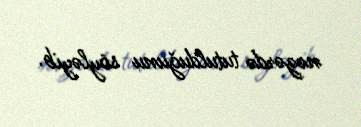
nəzərdə tutulduğunu söyləyib.